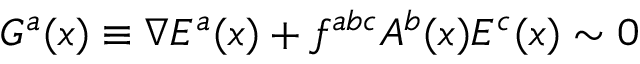
{ \cal G } ^ { a } ( x ) \equiv \nabla E ^ { a } ( x ) + f ^ { a b c } A ^ { b } ( x ) E ^ { c } ( x ) \sim 0